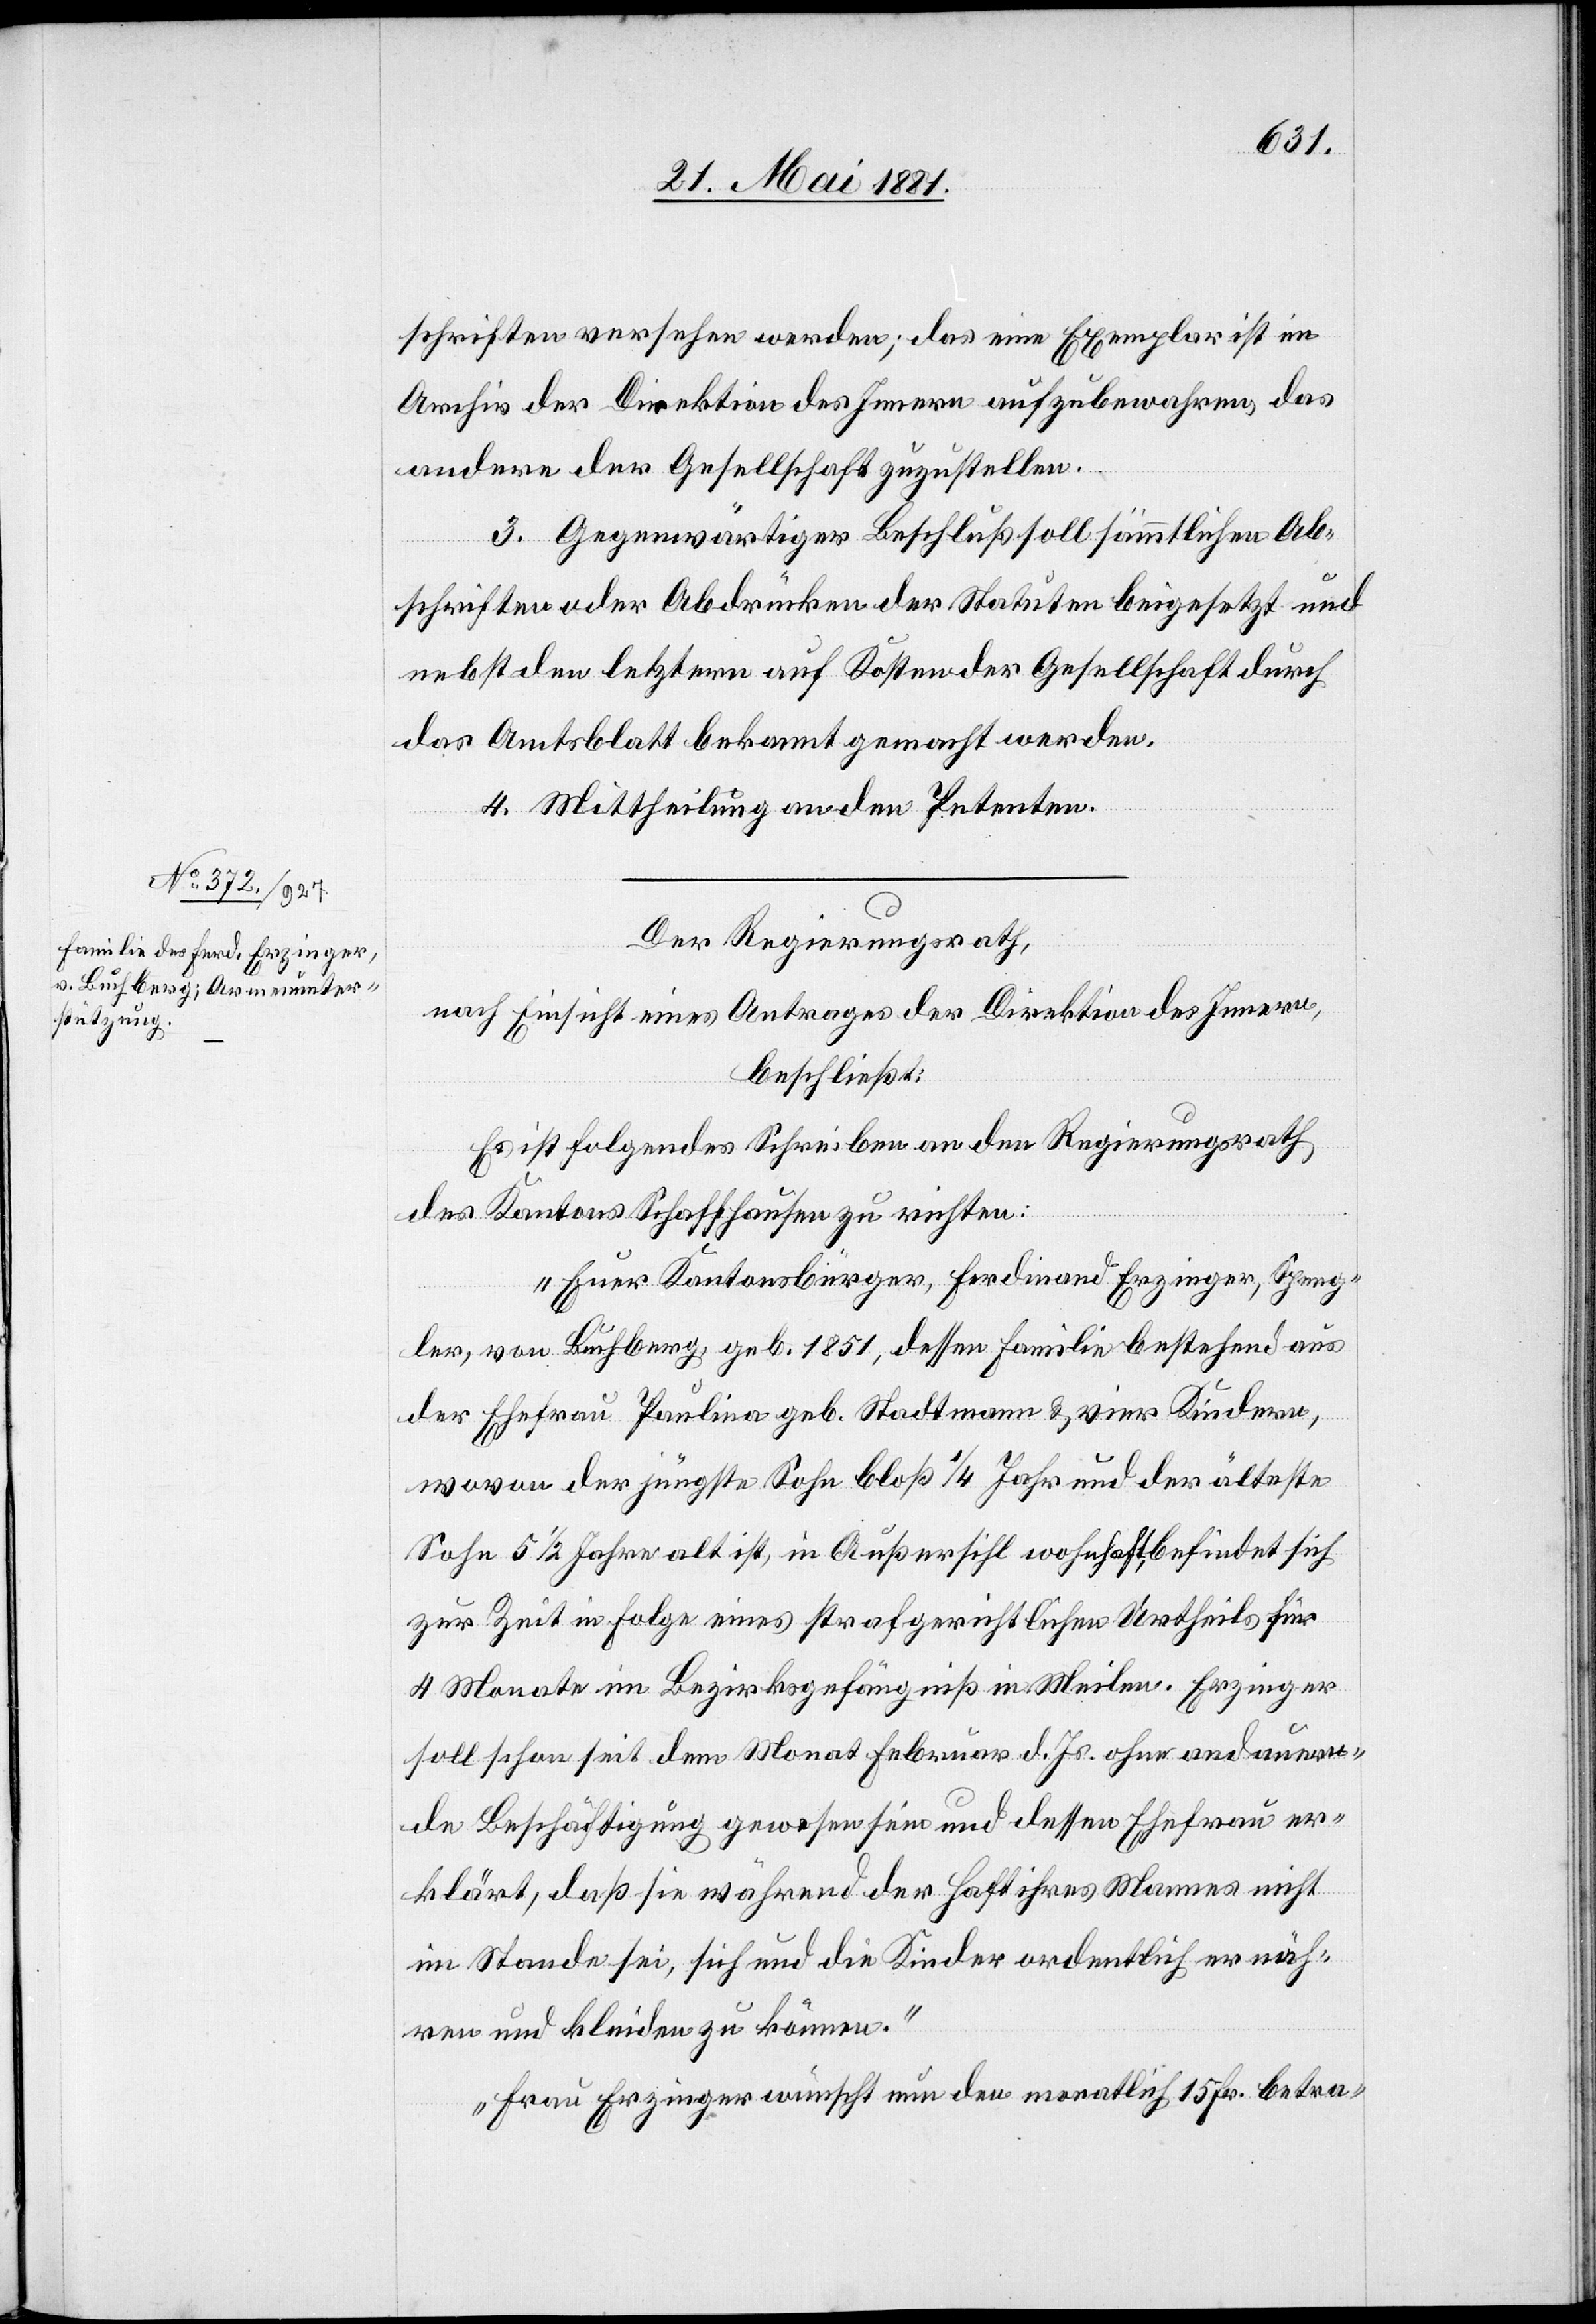
schriften versehen werden; das eine Exemplar ist im
Archiv der Direktion des Innern aufzubewahren, das
andere der Gesellschaft zuzustellen.
3. Gegenwärtiger Beschluß soll sämmtlichen Ab¬
schriften oder Abdrücken der Statuten beigesetzt und
nebst den letztern auf Kosten der Gesellschaft durch
das Amtsblatt bekannt gemacht werden.
4. Mittheilung an den Petenten.
Der Regierungsrath,
nach Einsicht eines Antrages der Direktion des Innern,
beschließt:
Es ist folgendes Schreiben an den Regierungsrath
des Kantons Schaffhausen zu richten:
„Euer Kantonsbürger, Ferdinand Erzinger, Speng¬
ler, von Buchberg, geb. 1851, dessen Familie bestehend aus
der Ehefrau Paulina geb. Stadtmann & vier Kindern,
wovon der jüngste Sohn bloß 1/4 Jahr und der älteste
Sohn 5 1/2 Jahre alt ist, in Außersihl wohnhaft, befindet sich
zur Zeit in Folge eines strafgerichtlichen Urtheils für
4 Monate im Bezirksgefängniß in Meilen. Erzinger
soll schon seit dem Monat Februar d. Js. ohne andauern¬
de Beschäftigung gewesen sein und dessen Ehefrau er¬
klärt, daß sie während der Haft ihres Mannes nicht
im Stande sei, sich und die Kinder ordentlich ernäh¬
ren und kleiden zu können.
Frau Erzinger wünscht nun den monatlich 15 Fr. betra-